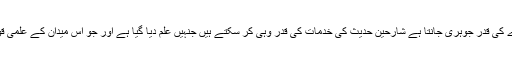
جس طرح ہیرے کی قدر جوہری جانتا ہے شارحین حدیث کی خدمات کی قدر وہی کر سکتے ہیں جنہیں علم دیا گیا ہے اور جو اس میدان کے علمی قواعد جانتے ہیں۔